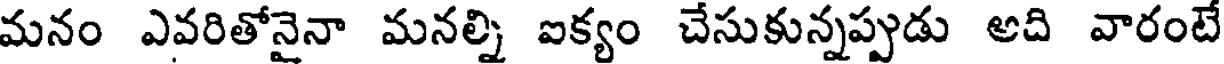
మనం ఎవరితోనైనా మనల్ని ఐక్యం చేసుకున్నప్పుడు అది వారంటే